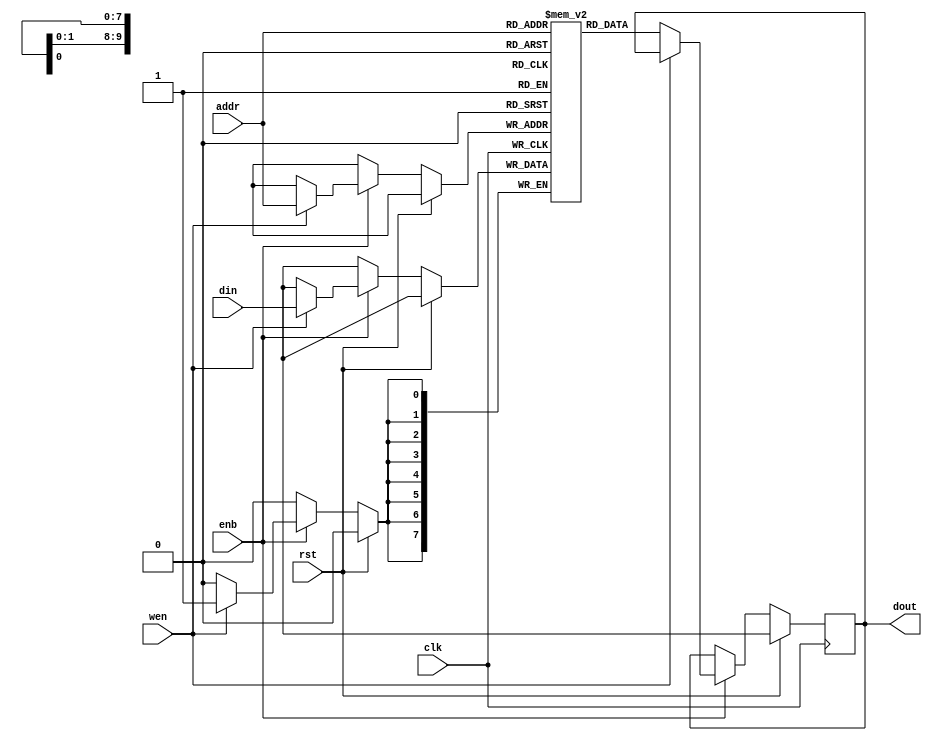
/*
	Copyright (C) 2004 Pablo Bleyer Kocik.

	Redistribution and use in source and binary forms, with or without
	modification, are permitted provided that the following conditions are met:

	1. Redistributions of source code must retain the above copyright notice, this
	list of conditions and the following disclaimer.

	2. Redistributions in binary form must reproduce the above copyright notice,
	this list of conditions and the following disclaimer in the documentation
	and/or other materials provided with the distribution.

	3. The name of the author may not be used to endorse or promote products
	derived from this software without specific prior written permission.

	THIS SOFTWARE IS PROVIDED BY THE AUTHOR "AS IS" AND ANY EXPRESS OR IMPLIED
	WARRANTIES, INCLUDING, BUT NOT LIMITED TO, THE IMPLIED WARRANTIES OF
	MERCHANTABILITY AND FITNESS FOR A PARTICULAR PURPOSE ARE DISCLAIMED. IN NO
	EVENT SHALL THE AUTHOR BE LIABLE FOR ANY DIRECT, INDIRECT, INCIDENTAL,
	SPECIAL, EXEMPLARY, OR CONSEQUENTIAL DAMAGES (INCLUDING, BUT NOT LIMITED TO,
	PROCUREMENT OF SUBSTITUTE GOODS OR SERVICES; LOSS OF USE, DATA, OR PROFITS; OR
	BUSINESS INTERRUPTION) HOWEVER CAUSED AND ON ANY THEORY OF LIABILITY, WHETHER
	IN CONTRACT, STRICT LIABILITY, OR TORT (INCLUDING NEGLIGENCE OR OTHERWISE)
	ARISING IN ANY WAY OUT OF THE USE OF THIS SOFTWARE, EVEN IF ADVISED OF THE
	POSSIBILITY OF SUCH DAMAGE.
*/

/** @file
	BlockRAM model
*/

module blockram(
	clk, rst,
	enb, wen, addr, din, dout
);
parameter width = 8, depth = 10, size = 1<<depth;

input clk, rst, enb, wen;
input [depth-1:0] addr;
input [width-1:0] din;
output reg [width-1:0] dout;

reg [width-1:0] ram[0:size-1];

always @(posedge clk)
	if (rst) dout <= 'hx; // uninitialized
	else if (enb)
		if (wen) ram[addr] <= din;
		else dout <= ram[addr];

endmodule